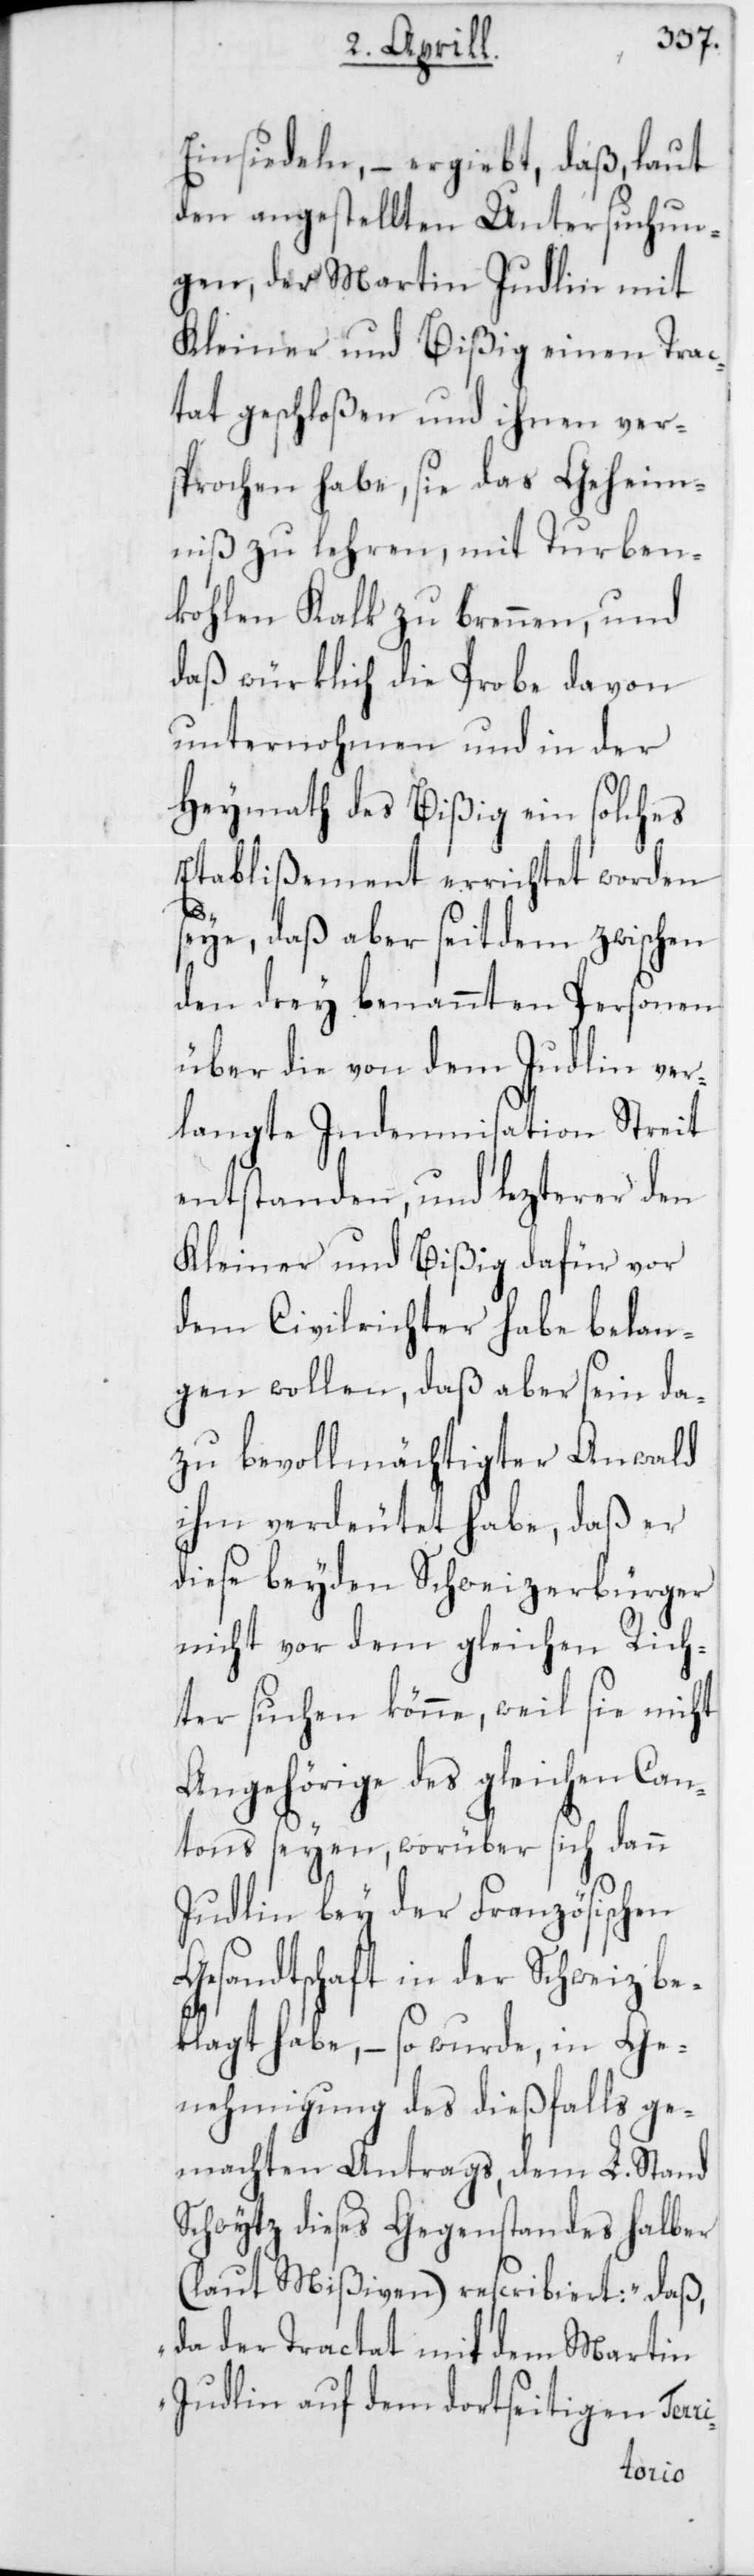
Einsiedeln, – ergiebt, daß, laut
den angestellten Untersuchun¬
gen, der Martin Judlin mit
Kleiner und Bißig einen Trac¬
tat geschloßen und ihnen ver¬
sprochen habe, sie das Geheim¬
niß zu lehren, mit Turben¬
kohlen Kalk zu brennen, und
daß würklich die Probe davon
unternohmen und in der
Heymath des Bißig ein solches
Etablißement errichtet worden
ri-
eye, daß aber seitdem zwischen
den drey benannten Personen,
über die von dem Judlin ver¬
langte Indemnisation Streit
entstanden, und lezterer den
Kleiner und Bißig dafür vor
dem Civilrichter habe belan¬
gen wollen, daß aber sein da¬
zu bevollmächtigter Anwalt
ihm verdeutet habe, daß er
diese beyden Schweizerbürger
nicht vor dem gleichen
nicht
ter suchen könne, weil
Angehörige des gleichen Can¬
tons seyen, worüber sich dann
Judlin bey der Französischen
Gesandtschaft in der
be¬
klagt habe, – so wurde, in Ge¬
nehmigung des dießfalls ge¬
machten Antrags, dem L. Stand
Schwytz dieses Gegenstandes halber
(laut Mißiven) rescribiert: „daß,
da der Tractat mit dem Martin
Judlin auf dem dortseitigen Ter¬